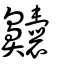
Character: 齉